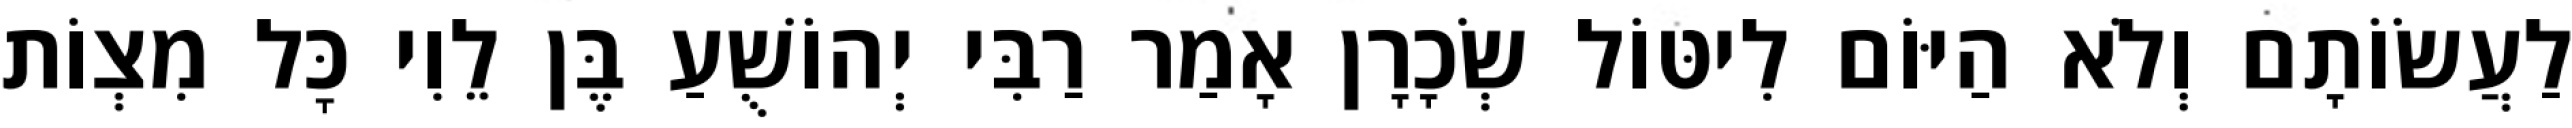
לַעֲשׂוֹתָם וְלֹא הַיּוֹם לִיטּוֹל שְׂכָרָן אָמַר רַבִּי יְהוֹשֻׁעַ בֶּן לֵוִי כׇּל מִצְוֹת